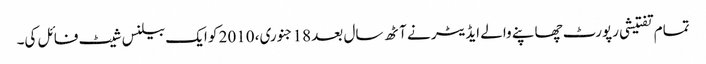
تمام تفتیشی رپورٹ چھاپنے والے ایڈیٹر نے آٹھ سال بعد 18 جنوری، 2010 کو ایک بیلنس شیٹ فائل کی۔